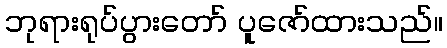
ဘုရားရုပ်ပွားတော် ပူဇော်ထားသည်။